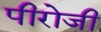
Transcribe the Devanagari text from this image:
पीरोजी